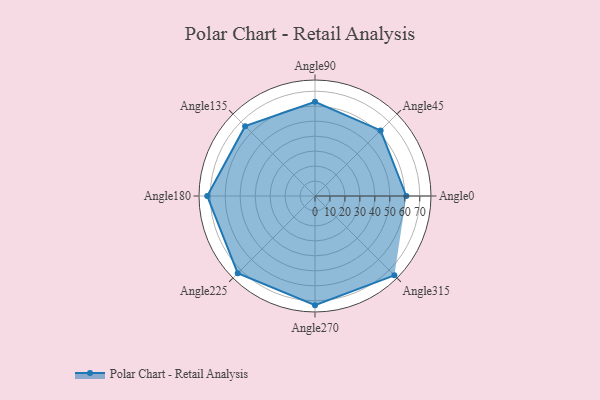
{"axis": {"x": "Angle", "y": "Radius"}, "legend": [""], "data": [{"x": "Angle0", "y": 61.0, "type": ""}, {"x": "Angle45", "y": 62.0, "type": ""}, {"x": "Angle90", "y": 63.0, "type": ""}, {"x": "Angle135", "y": 66.0, "type": ""}, {"x": "Angle180", "y": 72.0, "type": ""}, {"x": "Angle225", "y": 73.0, "type": ""}, {"x": "Angle270", "y": 73.0, "type": ""}, {"x": "Angle315", "y": 75.0, "type": ""}]}